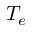
T _ { e }